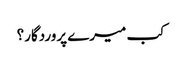
کب میرے پروردگار؟